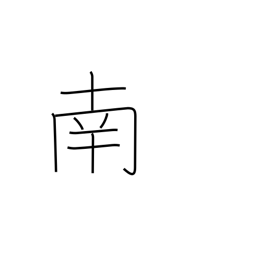
Meaning: south